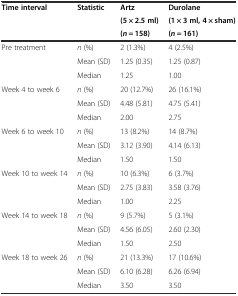
<table><thead><tr><td rowspan="3"><b>Time interval</b></td><td rowspan="3"><b>Statistic</b></td><td><b>Artz</b></td><td><b>Durolane</b></td></tr><tr><td><b>(5 × 2.5 ml)</b></td><td><b>(1 × 3 ml, 4 × sham)</b></td></tr><tr><td><b>(<i>n</i> = 158)</b></td><td><b>(<i>n</i> = 161)</b></td></tr></thead><tbody><tr><td>Pre treatment</td><td><i>n</i> (%)</td><td>2 (1.3%)</td><td>4 (2.5%)</td></tr><tr><td></td><td>Mean (SD)</td><td>1.25 (0.35)</td><td>1.25 (0.87)</td></tr><tr><td></td><td>Median</td><td>1.25</td><td>1.00</td></tr><tr><td>Week 4 to week 6</td><td><i>n</i> (%)</td><td>20 (12.7%)</td><td>26 (16.1%)</td></tr><tr><td></td><td>Mean (SD)</td><td>4.48 (5.81)</td><td>4.75 (5.41)</td></tr><tr><td></td><td>Median</td><td>2.00</td><td>2.75</td></tr><tr><td>Week 6 to week 10</td><td><i>n</i> (%)</td><td>13 (8.2%)</td><td>14 (8.7%)</td></tr><tr><td></td><td>Mean (SD)</td><td>3.12 (3.90)</td><td>4.14 (6.13)</td></tr><tr><td></td><td>Median</td><td>1.50</td><td>1.50</td></tr><tr><td>Week 10 to week 14</td><td><i>n</i> (%)</td><td>10 (6.3%)</td><td>6 (3.7%)</td></tr><tr><td></td><td>Mean (SD)</td><td>2.75 (3.83)</td><td>3.58 (3.76)</td></tr><tr><td></td><td>Median</td><td>1.00</td><td>2.25</td></tr><tr><td>Week 14 to week 18</td><td><i>n</i> (%)</td><td>9 (5.7%)</td><td>5 (3.1%)</td></tr><tr><td></td><td>Mean (SD)</td><td>4.56 (6.05)</td><td>2.60 (2.30)</td></tr><tr><td></td><td>Median</td><td>1.50</td><td>2.50</td></tr><tr><td>Week 18 to week 26</td><td><i>n</i> (%)</td><td>21 (13.3%)</td><td>17 (10.6%)</td></tr><tr><td></td><td>Mean (SD)</td><td>6.10 (6.28)</td><td>6.26 (6.94)</td></tr><tr><td></td><td>Median</td><td>3.50</td><td>3.50</td></tr></tbody></table>